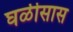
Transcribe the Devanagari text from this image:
घळीसास